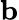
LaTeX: \mathbf{b}